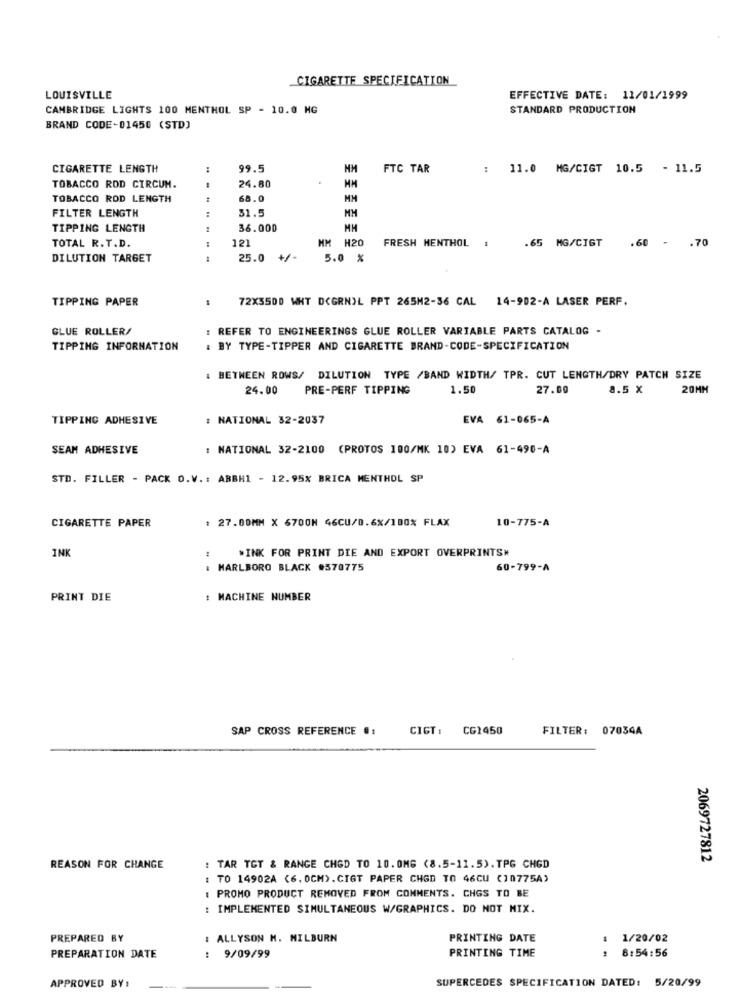
CIGARETTE SPECIFICATION
LOUISVILLE
EFFECTIVE DATE: 11/01/1999
CAMBRIDGE LIGHTS 100 MENTHOL SP - 10.0 MG
STANDARD PRODUCTION
BRAND CODE-01450 (STD)
CIGARETTE LENGTH
99.5
FTC TAR
: 11.0 MG/CIGT 10.5 - 11.5
TOBACCO ROD CIRCUM.
24.80
MM
TOBACCO ROD LENGTH
44
68.0
MM
FILTER LENGTH
:
51.5
MH
TIPPING LENGTH
36.000
TOTAL R.T.D.
121
MM H20
FRESH MENTHOL
.65 MG/CIGT
.60 - . 70
DILUTION TARGET
---
25.0 +/-
5.0 %
TIPPING PAPER
72X3500 WHT DCGRNIL PPT 265M2-36 CAL 14-902-A LASER PERF.
GLUE ROLLER/
: REFER TO ENGINEERINGS GLUE ROLLER VARIABLE PARTS CATALOG -
TIPPING INFORMATION
: BY TYPE-TIPPER AND CIGARETTE BRAND-CODE-SPECIFICATION
: BETWEEN ROWS/ DILUTION TYPE /BAND WIDTH/ TPR. CUT LENGTH/DRY PATCH SIZE
24.00
PRE-PERF TIPPING
1.50
27.00
8.5 x
20MM
TIPPING ADHESIVE
: NATIONAL 32-2037
EVA 61-065-A
SEAM ADHESIVE
: NATIONAL 32-2100 (PROTOS 100/MK 10) EVA 61-490-A
STD. FILLER - PACK O.V .: ABBH1 - 12.95% BRICA MENTHOL SP
CIGARETTE PAPER
: 27.00MM X 6700N 46CU/0.6%/100% FLAX
10-775-A
INK
*INK FOR PRINT DIE AND EXPORT OVERPRINTS#
: MARLBORO BLACK #370775
60-799-A
PRINT DIE
: MACHINE NUMBER
SAP CROSS REFERENCE #:
CIGT: CG1450
FILTER: 07034A
2069727812
REASON FOR CHANGE
: TAR TOT & RANGE CHGD TO 10. 0MG (8.5-11.5).TPG CHGD
: TO 14902A <6. 0CM). CIGT PAPER CHGD TO 46CU (10775A)
: PROMO PRODUCT REMOVED FROM COMMENTS. CHGS TO BE
: IMPLEMENTED SIMULTANEOUS W/GRAPHICS. DO NOT MIX.
PREPARED BY
: ALLYSON N. MILBURN
PRINTING DATE
1/20/02
PRINTING TIME
8:54:56
PREPARATION DATE
: 9/09/99
APPROVED BY:
SUPERCEDES SPECIFICATION DATED: 5/20/99